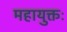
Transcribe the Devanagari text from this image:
महायुक्तः